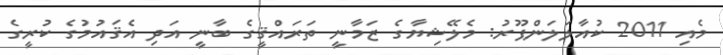
މެއި 2011 ކުއާލަލަންޕޫރު: މެލޭޝިޔާގެ ޒަމާނީ ތަރައްޤީގެ ބާނީ އަދި އެޤައުމުގެ ކުރީގެ